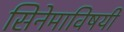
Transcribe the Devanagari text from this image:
सिनेमाविषयी